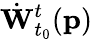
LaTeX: \dot{\mathbf{W}}_{t_{0}}^{t}(\mathbf{p})